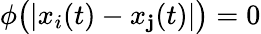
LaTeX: \phi\big(|x_{i}(t)-x_{\mathbf{j}}(t)|\big)=0